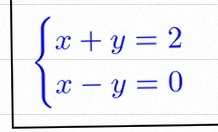
\begin{cases}x+y=2\\x-y=0\end{cases}